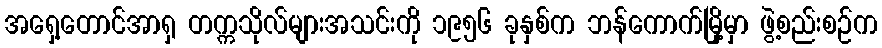
အရှေ့တောင်အာရှ တက္ကသိုလ်များအသင်းကို ၁၉၅၆ ခုနှစ်က ဘန်ကောက်မြို့မှာ ဖွဲ့စည်းစဉ်က